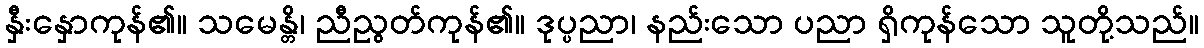
နှီးနှောကုန်၏။ သမေန္တိ၊ ညီညွတ်ကုန်၏။ ဒုပ္ပညာ၊ နည်းသော ပညာ ရှိကုန်သော သူတို့သည်။